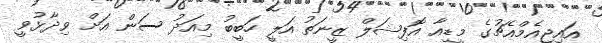
އައިޖީއެމްއެޗުގެ މީޑިއާ އޮފިޝަލް ޒީނަތު އަލީ ހަބީބު މިއަދު ސަން އަށް ވިދާޅުވީ